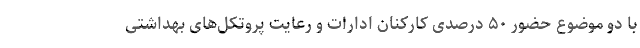
با دو موضوع حضور ۵۰ درصدی کارکنان ادارات و رعایت پروتکل‌‌های بهداشتی